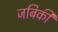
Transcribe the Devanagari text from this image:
जबिकी